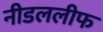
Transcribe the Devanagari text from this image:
नीडललीफ